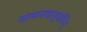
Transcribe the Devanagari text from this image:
नामनवानुवर्तिन्